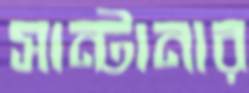
সান্টানার